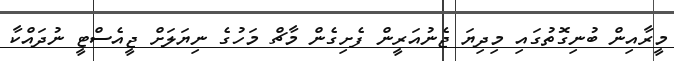
މީރާއިން ބުނިގޮތުގައި މިދިޔަ ޖެނުއަރީން ފެށިގެން މާޗް މަހުގެ ނިޔަލަށް ޖީއެސްޓީ ނުދައްކާ